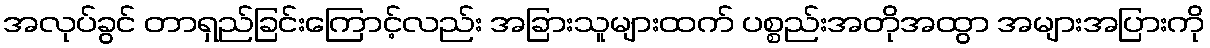
အလုပ်ခွင် တာရှည်ခြင်းကြောင့်လည်း အခြားသူများထက် ပစ္စည်းအတိုအထွာ အများအပြားကို